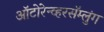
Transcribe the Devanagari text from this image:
ऑटोरेन्व्हरसॅम्लुंग